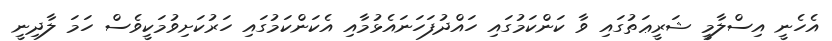
އެހެނީ އިސްލާމީ ޝަރީޢަތުގައި ވާ ކަންކަމުގައި ހައްދުފަހަނައެޅުމާއި އެކަންކަމުގައި ހަރުކަށިވުމަކީވެސް ހަމަ ލާދިނީ